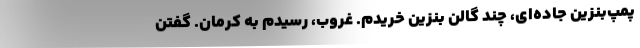
پمپ‌بنزين جاده‌اي، چند گالن بنزين خريدم. غروب، رسيدم به كرمان. گفتن